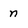
Character: n